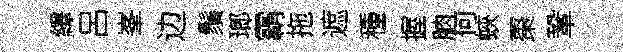
繹呂峯边鬚瑯霸拖遮種握朒何蛺棗鞏